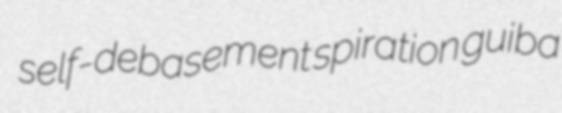
self-debasement spiration guiba